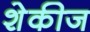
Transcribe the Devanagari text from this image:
शेकीज